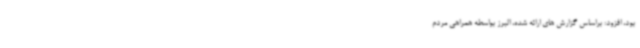
بود، افزود: براساس گزارش های ارائه شده، البرز بواسطه همراهی مردم